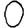
Digit: 0